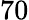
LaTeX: \mathrm{70}